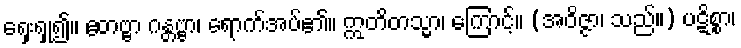
ရှေးရှု၍။ ဧတဗ္ဗာ ဂန္တဗ္ဗာ၊ ရောက်အပ်၏။ ဣတိတသ္မာ၊ ကြောင့်။ (အဝိဇ္ဇာ၊ သည်။) ပဋိစ္စာ၊